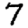
Digit: 7